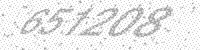
Solution: 651208